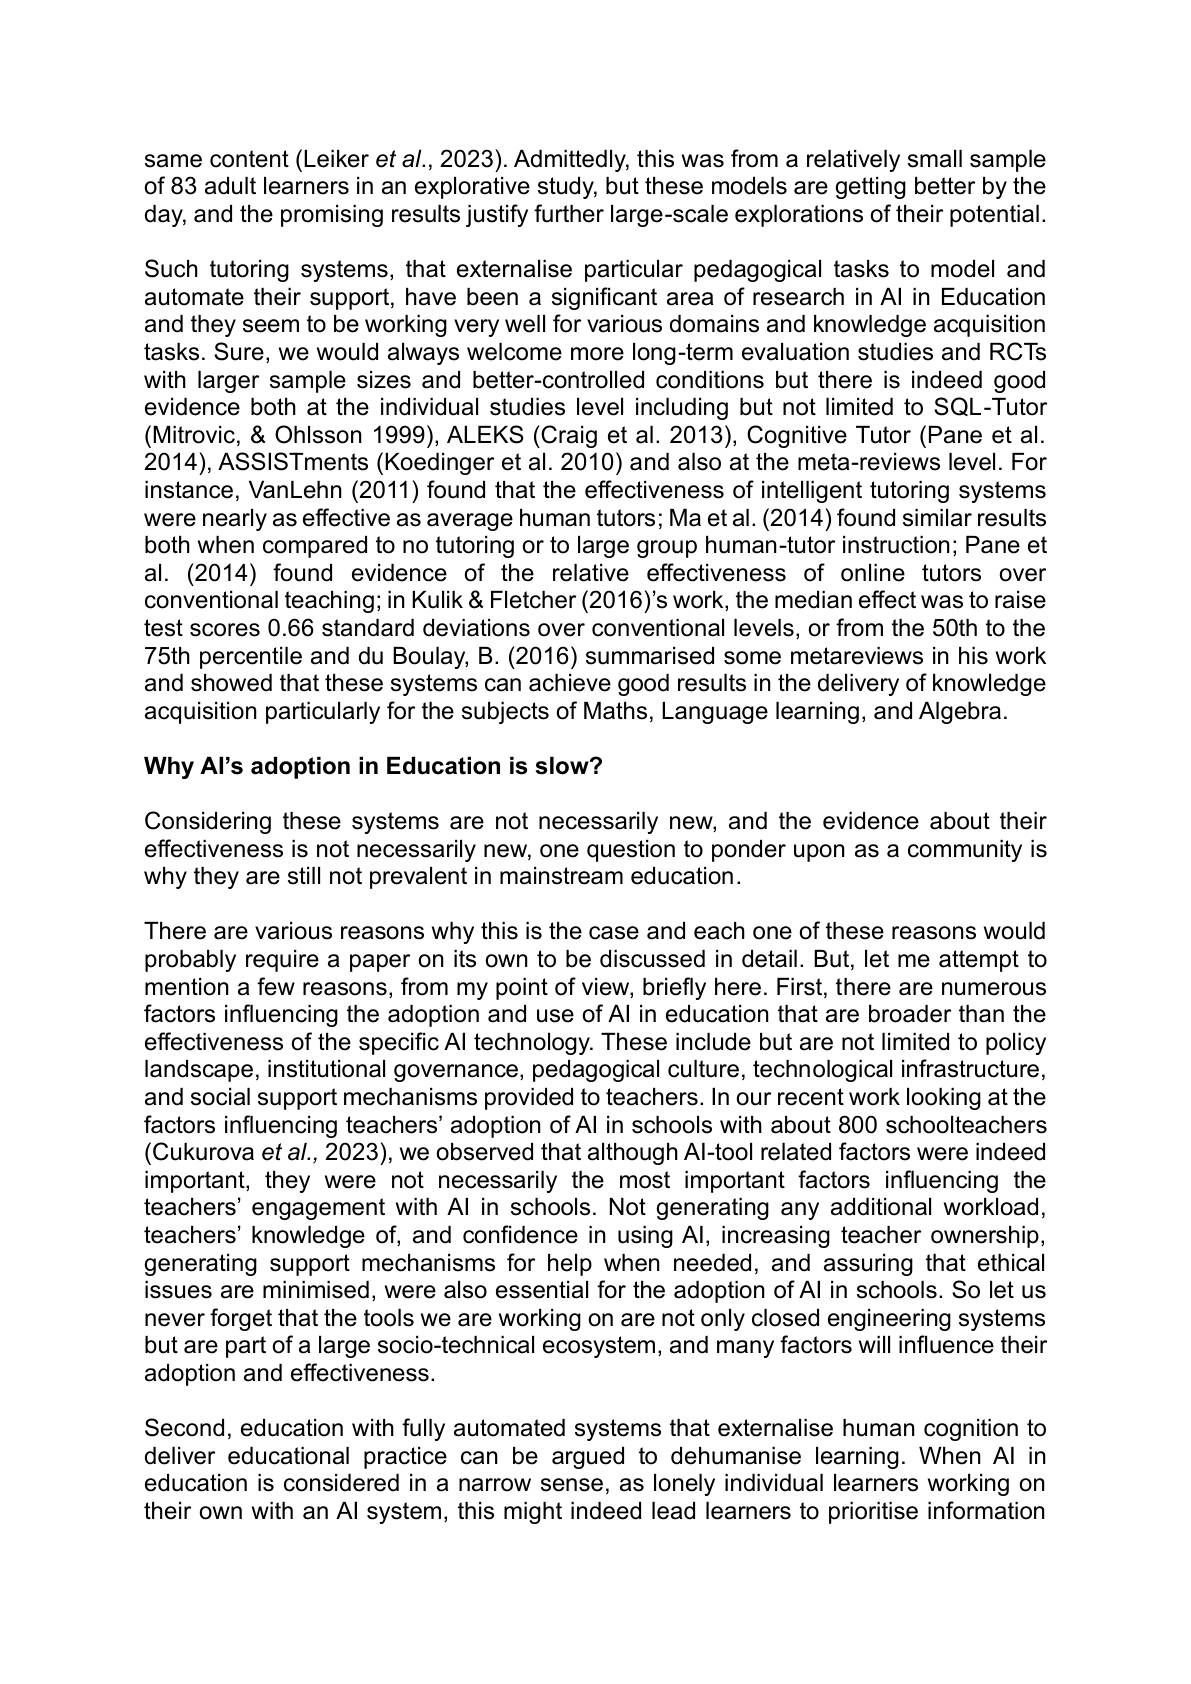
same content (Leiker et al., 2023). Admittedly, this was from a relatively small sample of 83 adult learners in an explorative study, but these models are getting better by the day, and the promising results justify further large-scale explorations of their potential. Such tutoring systems, that externalise particular pedagogical tasks to model and automate their support, have been $a$ significant area of research in Al in Education and they seem to be working very well for various domains and knowledge acquisition tasks. Sure, we would always welcome more long-term evaluation studies and RCTs with larger sample sizes and better-controlled conditions but there is indeed good evidence both at the individual studies level including but not limited to SQL-Tutor (Mitrovic, & Ohlsson 1999), ALEKS (Craig et al. 2013), Cognitive Tutor (Pane et al. 2014),ASSISTments (Koedinger et al. 2010) and also at the meta-reviews level. For instance, VanLehn (2011) found that the effectiveness of intelligent tutoring systems were nearly as effective as average human tutors; Ma et al. (2014) found similar results both when compared to no tutoring or to large group human-tutor instruction; Pane et al. (2014) found evidence of the relative effectiveness of online tutors over conventional teaching; in Kulik& Fletcher (2016)'s work, the median effect was to raise test scores 0.66 standard deviations over conventional levels, or from the 50th to the 75th percentile and du Boulay, B. (2016) summarised some metareviews in his work and showed that these systems can achieve good results in the delivery of knowledge acquisition particularly for the subjects of Maths, Language learning, and Algebra.

Why Al's adoption in Education is slow?

Considering these systems are not necessarily new, and the evidence about their effectiveness is not necessarily new, one question to ponder upon as a community is why they are still not prevalent in mainstream education.

There are various reasons why this is the case and each one of these reasons would probably require a paper on its own to be discussed in detail. But, let me attempt to mention a few reasons, from my point of view, briefly here. First, there are numerous factors influencing the adoption and use of Al in education that are broader than the effectiveness of the specific Al technology. These include but are not limited to policy landscape, institutional governance, pedagogical culture, technological infrastructure, and social support mechanisms provided to teachers. In our recent work looking at the factors influencing teachers'adoption of Al in schools with about 800 schoolteachers (Cukurova et al., 2023), we observed that although Al-tool related factors were indeed important, they were not necessarily the most important factors influencing the teachers'engagement with Al in schools. Not generating any additional workload, teachers' knowledge of, and confidence in using Al, increasing teacher ownership, generating support mechanisms for help when needed, and assuring that ethical issues are minimised, were also essential for the adoption of Al in schools. So let us never forget that the tools we are working on are not only closed engineering systems but are part of a large socio-technical ecosystem, and many factors will influence their adoption and effectiveness.

Second, education with fully automated systems that externalise human cognition to deliver educational practice can be argued to dehumanise learning. When Al in education is considered in $a$ narrow sense, as lonely individual learners working on their own with an Al system, this might indeed lead learners to prioritise information